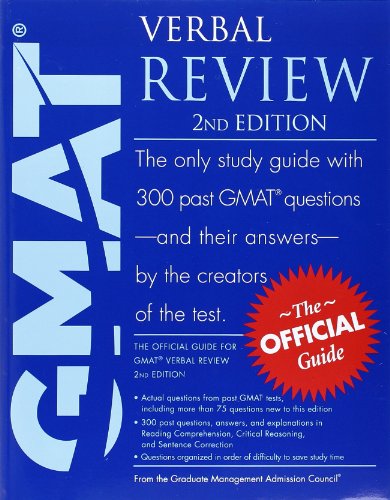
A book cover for The Official Guide for GMAT Verbal Review, 2nd Edition; GMAC (Graduate Management Admission Council); Test Preparation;